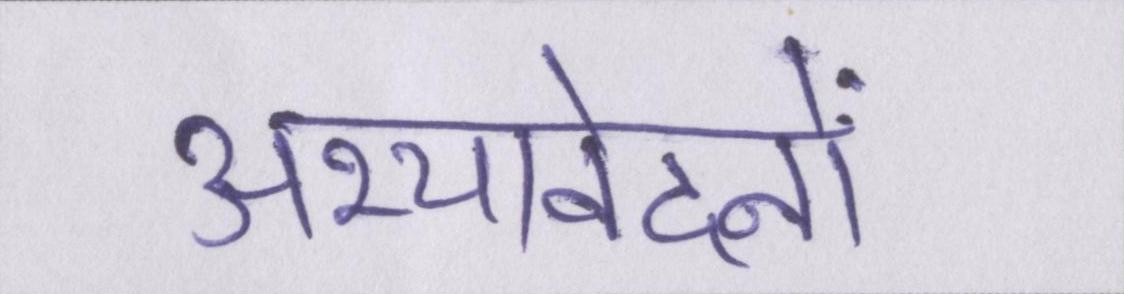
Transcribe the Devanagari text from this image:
अभ्यावेदनों